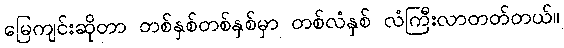
မြေကျင်းဆိုတာ တစ်နှစ်တစ်နှစ်မှာ တစ်လံနှစ် လံကြီးလာတတ်တယ်။